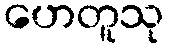
ဟေတူသု